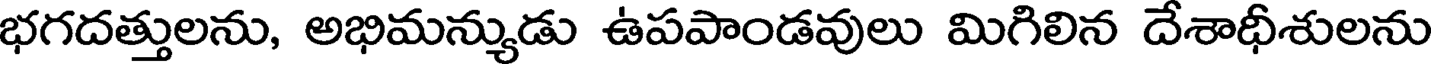
భగదత్తులను, అభిమన్యుడు ఉపపాండవులు మిగిలిన దేశాధీశులను